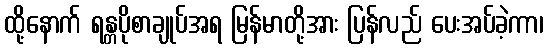
ထို့နောက် ရန္တပိုစာချုပ်အရ မြန်မာတို့အား ပြန်လည် ပေးအပ်ခဲ့ကာ၊